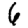
Digit: 6